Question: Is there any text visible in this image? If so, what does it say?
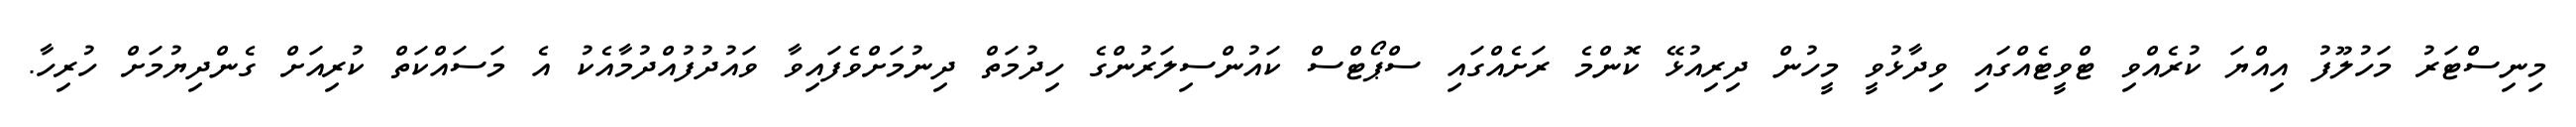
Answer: މިނިސްޓަރު މަހުލޫފު އިއްޔަ ކުރެއްވި ޓްވީޓެއްގައި ވިދާޅުވީ މީހުން ދިރިއުޅޭ ކޮންމެ ރަށެއްގައި ސްޕޯޓްސް ކައުންސިލަރުންގެ ހިދުމަތް ދިނުމަށްވެފައިވާ ވައުދުފުއްދުމާއެކު އެ މަސައްކަތް ކުރިއަށް ގެންދިޔުމަށް ހުރިހާ.